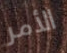
الأمر